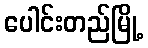
ပေါင်းတည်မြို့